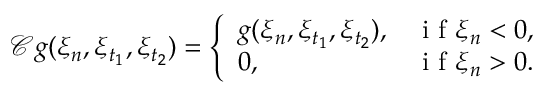
\mathcal { C } g ( \xi _ { n } , \xi _ { t _ { 1 } } , \xi _ { t _ { 2 } } ) = \left\{ \begin{array} { l l } { g ( \xi _ { n } , \xi _ { t _ { 1 } } , \xi _ { t _ { 2 } } ) , } & { \mathrm { ~ i ~ f ~ } \xi _ { n } < 0 , } \\ { 0 , } & { \mathrm { ~ i ~ f ~ } \xi _ { n } > 0 . } \end{array} \right.